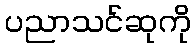
ပညာသင်ဆုကို